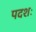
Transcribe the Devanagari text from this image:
पदशः